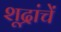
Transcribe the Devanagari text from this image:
शूद्रांचें